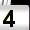
Digit: 4